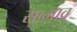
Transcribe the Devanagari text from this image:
सव्भाव